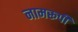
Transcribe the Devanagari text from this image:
नामरूपी